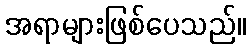
အရာများဖြစ်ပေသည်။